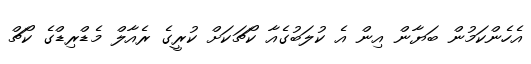
އެހެންކަމުން ބަޔާން އިން އެ ކުލަބުގެއާ ކޯޗަކަށް ކުރީގެ ރެއާލް މެޑްރިޑްގެ ކޯޗް